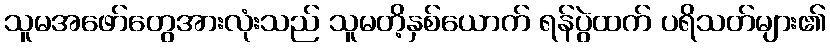
သူမအဖော်တွေအားလုံးသည် သူမတိ့နှစ်ယောက် ရန်ပွဲထက် ပရိသတ်များ၏